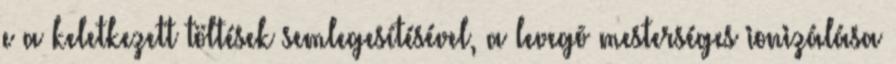
e a keletkezett töltések semlegesítésével, a levegõ mesterséges ionizálása